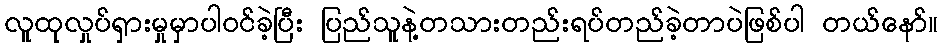
လူထုလှုပ်ရှားမှုမှာပါဝင်ခဲ့ပြီး ပြည်သူနဲ့တသားတည်းရပ်တည်ခဲ့တာပဲဖြစ်ပါ တယ်နော်။